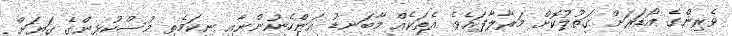
ވެރިންގެ އޯޑަރަށް ޤަތުލުކޮށް މަރާލާފައެވެ. އެތަކެއް މާބަނޑު އަންހެނުންނާއި ނިކަމެތި މުސްކުޅިންގެ ގަޔަށް